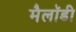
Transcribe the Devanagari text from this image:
मैलॉडी